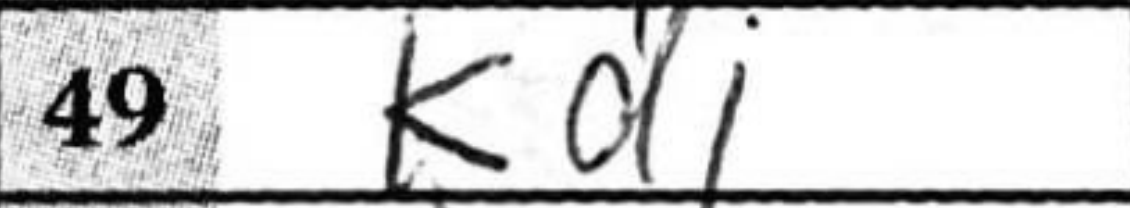
Transcription: Kd1